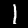
Label: 1